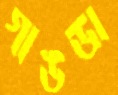
গাঙডা